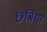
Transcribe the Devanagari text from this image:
छबियां